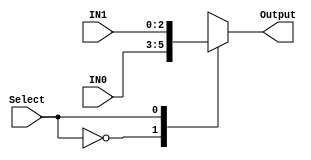
module MUX2TO1_3BIT(IN0, IN1, Select, Output); 

input [2:0] IN0, IN1; 
input Select ; 
output reg [2:0] Output;

always @ *  
	case (Select) 
		1'b0   : Output <= IN0; 
		1'b1   : Output <= IN1;
	endcase 

endmodule